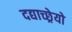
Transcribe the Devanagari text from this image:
दद्याच्छ्रेयो